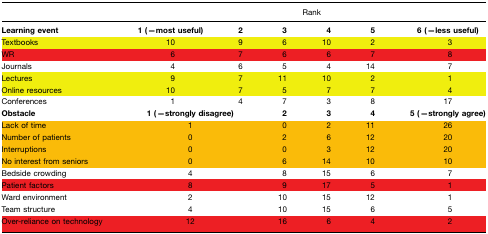
<table><thead><tr><td></td><td colspan="6"><b>Rank</b></td></tr></thead><tbody><tr><td><b>Learning event</b></td><td><b>1 (=most useful)</b></td><td><b>2</b></td><td><b>3</b></td><td><b>4</b></td><td><b>5</b></td><td><b>6 (=less useful)</b></td></tr><tr><td>Textbooks</td><td>10</td><td>9</td><td>6</td><td>10</td><td>2</td><td>3</td></tr><tr><td>WR</td><td>6</td><td>7</td><td>6</td><td>6</td><td>7</td><td>8</td></tr><tr><td>Journals</td><td>4</td><td>6</td><td>5</td><td>4</td><td>14</td><td>7</td></tr><tr><td>Lectures</td><td>9</td><td>7</td><td>11</td><td>10</td><td>2</td><td>1</td></tr><tr><td>Online resources</td><td>10</td><td>7</td><td>5</td><td>7</td><td>7</td><td>4</td></tr><tr><td>Conferences</td><td>1</td><td>4</td><td>7</td><td>3</td><td>8</td><td>17</td></tr><tr><td><b>Obstacle</b></td><td colspan="2"><b>1 (=strongly disagree)</b></td><td><b>2</b></td><td><b>3</b></td><td><b>4</b></td><td><b>5 (=strongly agree)</b></td></tr><tr><td>Lack of time</td><td colspan="2">1</td><td>0</td><td>2</td><td>11</td><td>26</td></tr><tr><td>Number of patients</td><td colspan="2">0</td><td>2</td><td>6</td><td>12</td><td>20</td></tr><tr><td>Interruptions</td><td colspan="2">0</td><td>0</td><td>3</td><td>12</td><td>20</td></tr><tr><td>No interest from seniors</td><td colspan="2">0</td><td>6</td><td>14</td><td>10</td><td>10</td></tr><tr><td>Bedside crowding</td><td colspan="2">4</td><td>8</td><td>15</td><td>6</td><td>7</td></tr><tr><td>Patient factors</td><td colspan="2">8</td><td>9</td><td>17</td><td>5</td><td>1</td></tr><tr><td>Ward environment</td><td colspan="2">2</td><td>10</td><td>15</td><td>12</td><td>1</td></tr><tr><td>Team structure</td><td colspan="2">4</td><td>10</td><td>15</td><td>6</td><td>5</td></tr><tr><td>Over-reliance on technology</td><td colspan="2">12</td><td>16</td><td>6</td><td>4</td><td>2</td></tr></tbody></table>